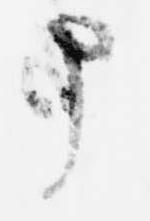
申